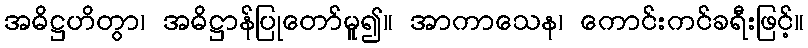
အဓိဋ္ဌဟိတွာ၊ အဓိဋ္ဌာန်ပြုတော်မူ၍။ အာကာသေန၊ ကောင်းကင်ခရီးဖြင့်။